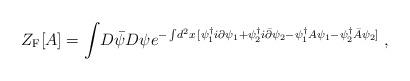
LaTeX: \begin{align*}Z_{\rm F}[A ] = \int \! D {\bar \psi}D \psi e^{-\int \! d^2 x\,[ \psi_{1}^{\dagger} i \partial \psi_{1} +\psi_{2}^{\dagger} i {\bar \partial} \psi_{2} -\psi_{1}^{\dagger} A\psi_{1} - \psi_{2}^{\dagger} {\bar A} \psi_{2} ] } \; ,\end{align*}